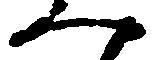
へ